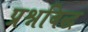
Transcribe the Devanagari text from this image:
प्रश्नबिद्ध